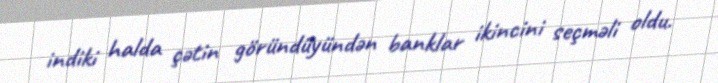
indiki halda çətin göründüyündən banklar ikincini seçməli oldu.